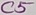
Text: C5